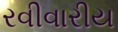
રવીવારીય